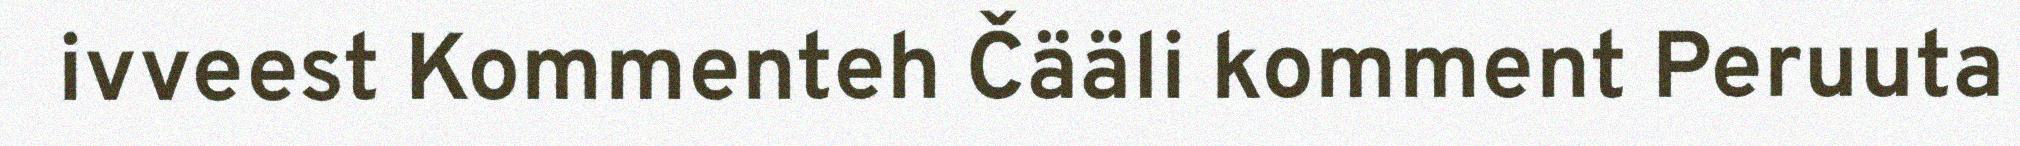
ivveest Kommenteh Čääli komment Peruuta